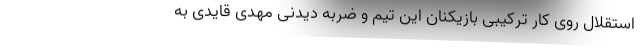
استقلال روی کار ترکیبی بازیکنان این تیم و ضربه دیدنی مهدی قایدی به